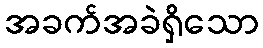
အခက်အခဲရှိသော